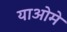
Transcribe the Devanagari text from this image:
याओमे